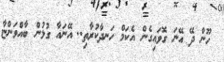
ހޫން ދޭ އޭނަ ގޮވައިގެން އެކަމް ހަނދާކުރާތި.. އޭނައާ ގުޅުން ބާއްވަންޏާ